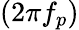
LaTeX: (2\pi f_{p})